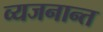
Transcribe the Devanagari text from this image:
व्यजनान्त